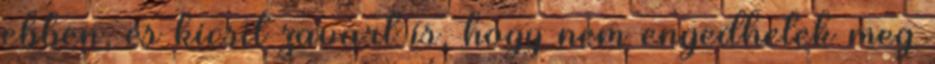
ebben, és kicsit zavart is, hogy nem engedhetek meg